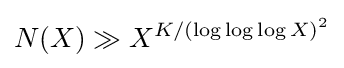
N(X)\gg X^{K/\left(\log \log \log X\right)^{2}}